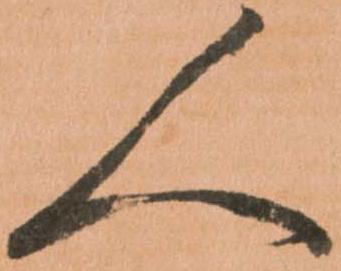
人